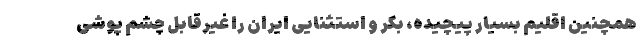
همچنین اقلیم بسیار پیچیده، بکر و استثنایی ایران را غیرقابل چشم پوشی